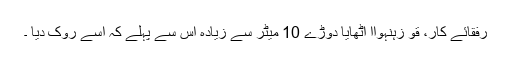
رفقائے کار، قو زہنہواا اٹھایا دوڑے 10 میٹر سے زیادہ اس سے پہلے کہ اسے روک دیا ۔